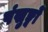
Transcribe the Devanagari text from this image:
पंखुङ्यों